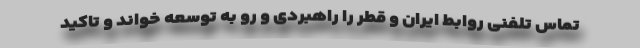
تماس تلفنی روابط ایران و قطر را راهبردی و رو به توسعه خواند و تاکید